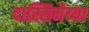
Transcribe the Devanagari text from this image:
दास्सिमैय्या